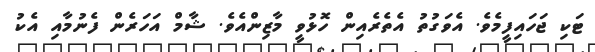
ޓަކި ޖަހައިފީމެވެ. އެވަގުތު އެތެރެއިން ހޮޅުވީ މާޒިންއެވެ. ޝާމް އަހަރެން ފެނުމާއި އެކު